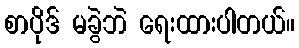
စာပိုဒ် မခွဲဘဲ ရေးထားပါတယ်။